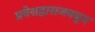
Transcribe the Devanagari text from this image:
प्रवेशद्वाराजवळून